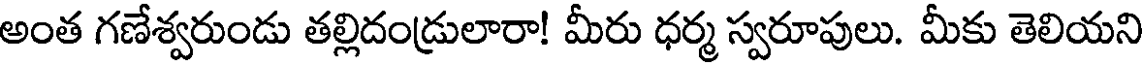
అంత గణేశ్వరుండు తల్లిదండ్రులారా! మీరు ధర్మ స్వరూపులు. మీకు తెలియని